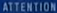
ATTENTION